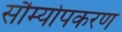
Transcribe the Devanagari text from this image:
सौम्योपकरण